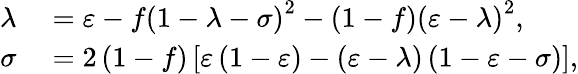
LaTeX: \begin{array}{rl}{\lambda}&{{}=\varepsilon-f\left(1-\lambda-\sigma\right)^{2}-\left(1-f\right)\left(\varepsilon-\lambda\right)^{2},}\\ {\sigma}&{{}=2\left(1-f\right)\left[\varepsilon\left(1-\varepsilon\right)-\left(\varepsilon-\lambda\right)\left(1-\varepsilon-\sigma\right)\right],}\end{array}